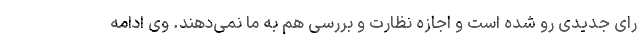
رای جدیدی رو شده است و اجازه نظارت و بررسی هم به ما نمی‌دهند. وی ادامه